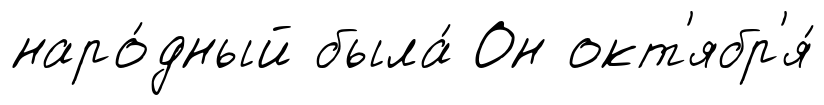
наро́дный была́ Он окт'ябр'я́